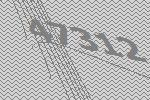
47312